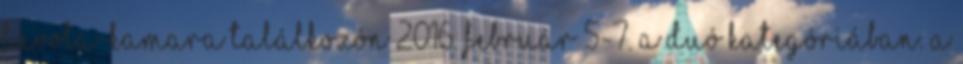
Fuvola-kamara Találkozón 2016. február 5-7. a duó kategóriában. A